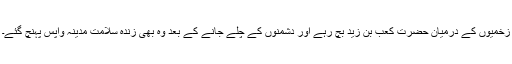
زخمیوں کے درمیان حضرت کعب بن زیدؓ بچ رہے اور دشمنوں کے چلے جانے کے بعد وہ بھی زندہ سلامت مدینہ واپس پہنچ گئے۔